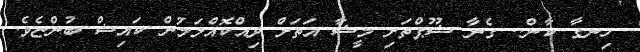
ހިނގާ ކާން.. ގެނާ ޝޫޕްތަށި މީޝާ އަތަށް ދިއްކޮއްލަމުން ކައިޝް ބުންޏެވެ.